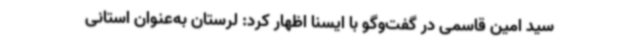
سید امین قاسمی در گفت‌وگو با ایسنا اظهار کرد: لرستان به‌عنوان استانی